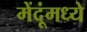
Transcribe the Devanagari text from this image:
मेंदूंमध्ये